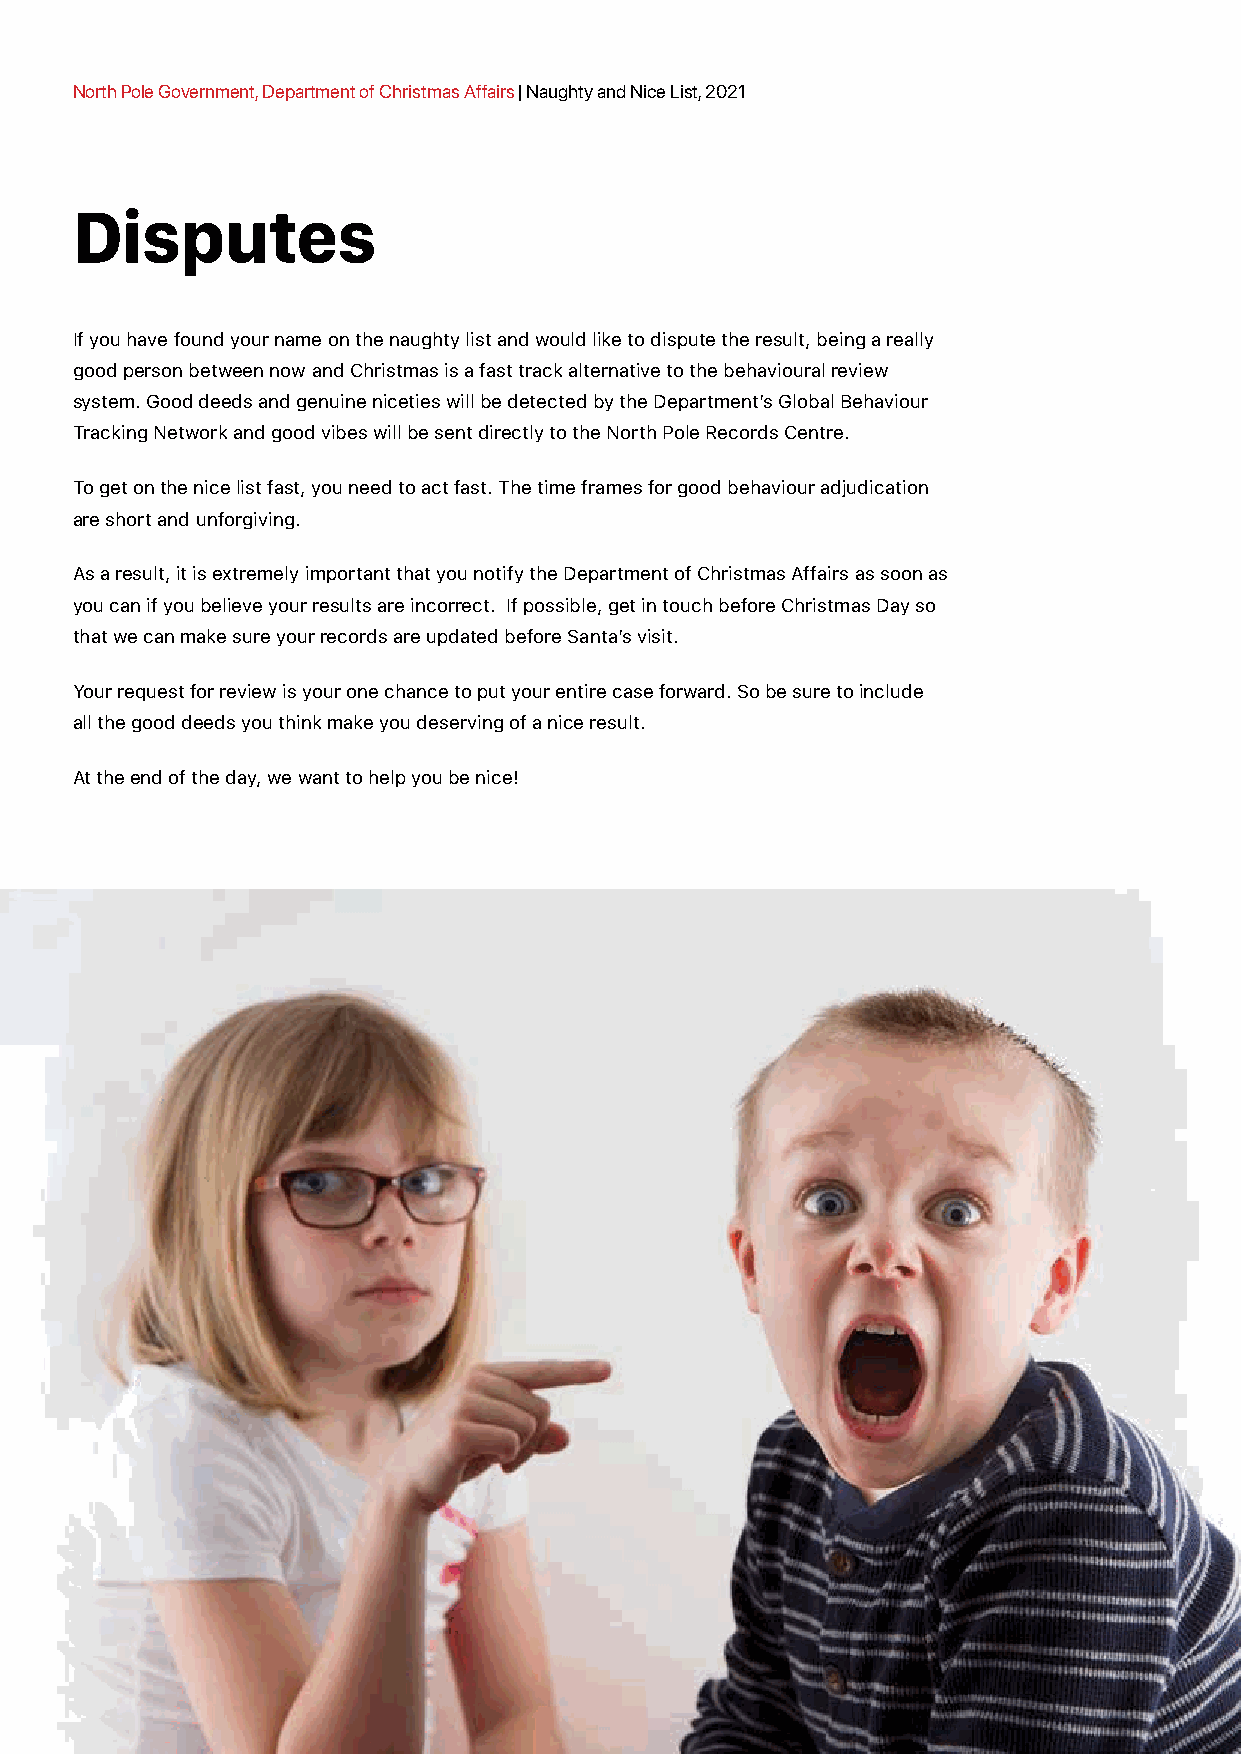
North Pole Government, Department of Christmas Affairs | Naughty and Nice List, 2021
 Disputes
 If you have found your name on the naughty list and would like to dispute the result, being a really
 good person between now and Christmas is a fast track alternative to the behavioural review
 system. Good deeds and genuine niceties will be detected by the Department’s Global Behaviour
 Tracking Network and good vibes will be sent directly to the North Pole Records Centre.
 To get on the nice list fast, you need to act fast. The time frames for good behaviour adjudication
 are short and unforgiving.
 As a result, it is extremely important that you notify the Department of Christmas Affairs as soon as
 you can if you believe your results are incorrect. If possible, get in touch before Christmas Day so
 that we can make sure your records are updated before Santa’s visit.
 Your request for review is your one chance to put your entire case forward. So be sure to include
 all the good deeds you think make you deserving of a nice result.
 At the end of the day, we want to help you be nice!
 394 | © Copyright North Pole Government 2021                  christmasaffairs.com